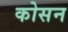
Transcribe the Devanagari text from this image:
कोसन